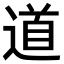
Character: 道